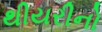
થીયરીનો